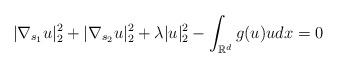
LaTeX: \begin{align*}|\nabla_{s_{1}}u|_{2}^{2}+|\nabla_{s_{2}}u|_{2}^{2}+\lambda|u|_{2}^{2}-\int_{\mathbb{R}^{d}}g(u)udx=0 \end{align*}